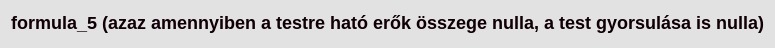
formula_5 (azaz amennyiben a testre ható erők összege nulla, a test gyorsulása is nulla)